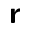
\boldsymbol { \mathsf { r } }